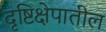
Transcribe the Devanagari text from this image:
दृष्टिक्षेपातील